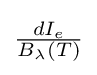
{\tfrac {dI_{e}}{B_{\lambda }(T)}}